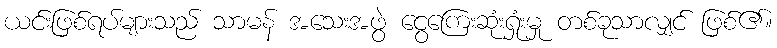
ယင်းဖြစ်ရပ်များသည် သာမန် အသေးအဖွဲ ငွေကြေးဆုံးရှုံးမှု တစ်ခုသာလျှင် ဖြစ်၏။